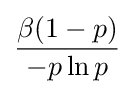
{\frac {\beta (1-p)}{-p\ln p}}